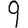
Digit: 9